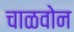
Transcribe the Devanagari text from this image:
चाळवोन